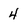
Character: 4